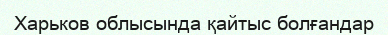
Харьков облысында қайтыс болғандар